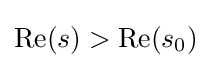
\operatorname {Re} (s)>\operatorname {Re} (s_{0})